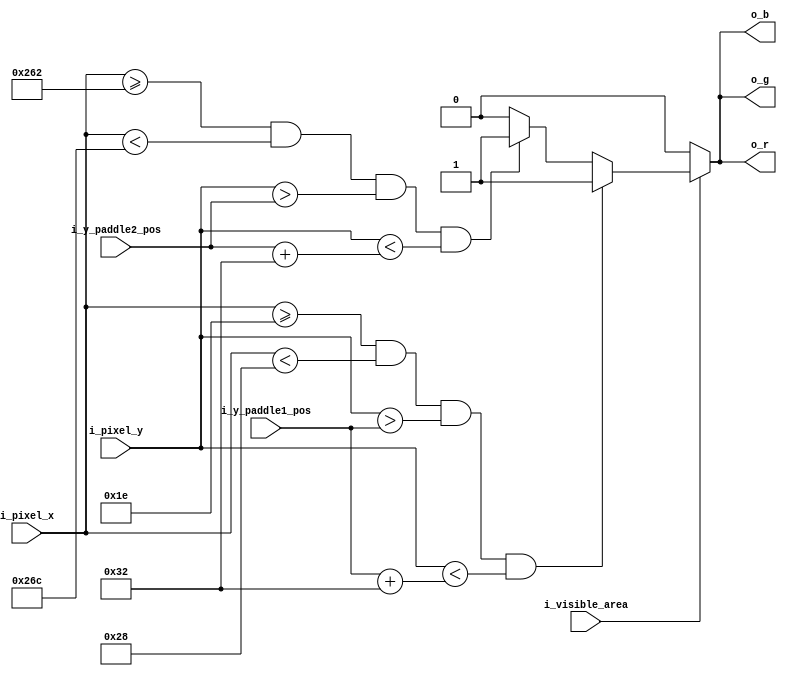
module Paddle #(parameter paddle_margin = 30,
                parameter paddle_height = 50,
                parameter paddle_width = 10,
                parameter screen_width = 640,
                parameter screen_height = 480)
(
 input [9:0] i_pixel_x,
 input [9:0] i_pixel_y,
 input i_visible_area,
 input [9:0] i_y_paddle1_pos,
 input [9:0] i_y_paddle2_pos,

 output reg o_r,
 output reg o_g,
 output reg o_b
);

always @(i_pixel_x, i_pixel_y, i_visible_area, i_y_paddle1_pos, i_y_paddle2_pos)
begin
    if (i_visible_area)
    begin
        if ( i_pixel_x >= paddle_margin && i_pixel_x < (paddle_margin + paddle_width) 
          && i_pixel_y > i_y_paddle1_pos && i_pixel_y < (i_y_paddle1_pos + paddle_height))
        begin
            o_r <= 1;
            o_g <= 1;
            o_b <= 1;
        end
        else if ( i_pixel_x >= (screen_width - paddle_margin) && i_pixel_x < (screen_width - paddle_margin + paddle_width)
          && i_pixel_y > i_y_paddle2_pos && i_pixel_y < (i_y_paddle2_pos + paddle_height))
        begin
            o_r <= 1;
            o_g <= 1;
            o_b <= 1;
        end
        else
        begin
            o_r <= 0;
            o_g <= 0;
            o_b <= 0;
        end
    end
    else
    begin
        o_r <= 0;
        o_g <= 0;
        o_b <= 0;
    end
end

endmodule